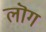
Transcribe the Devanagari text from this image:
लॊग